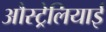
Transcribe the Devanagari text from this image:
औस्ट्रेलियाई